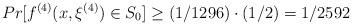
LaTeX: \begin{align*}Pr[f^{(4)}(x, \xi^{(4)}) \in S_0] \geq (1/1296)\cdot(1/2) = 1/2592\end{align*}